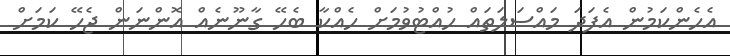
އެހެންކަމުން އެފަދަ މައްސަލަތައް ހުއްޓުވުމަށް ހެއްކާ ބެހޭ ގާނޫނެއް އޮންނަން ޖެހޭ ކަމަށް